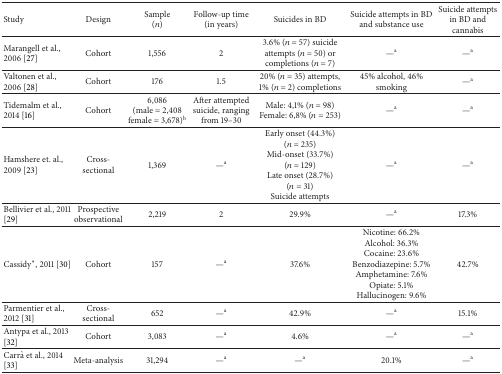
<table><thead><tr><td><b>Study</b></td><td><b>Design</b></td><td><b>Sample (<i>n</i>)</b></td><td><b>Follow-up time (in years)</b></td><td><b>Suicides in BD</b></td><td><b>Suicide attempts in BD and substance use</b></td><td><b>Suicide attempts in BD and cannabis</b></td></tr></thead><tbody><tr><td>Marangell et al., 2006 [27]</td><td>Cohort</td><td>1,556</td><td>2</td><td>3.6% (<i>n</i> = 57) suicide attempts (<i>n</i> = 50) or completions (<i>n</i> = 7)</td><td>—<sup>a</sup></td><td>—<sup>a</sup></td></tr><tr><td>Valtonen et al., 2006 [28]</td><td>Cohort</td><td>176</td><td>1.5</td><td>20% (<i>n</i> = 35) attempts, 1% (<i>n</i> = 2) completions</td><td>45% alcohol, 46% smoking</td><td>—<sup>a</sup></td></tr><tr><td>Tidemalm et al., 2014 [16]</td><td>Cohort</td><td>6,086 (male = 2,408female = 3,678)<sup>b</sup></td><td>After attempted suicide, ranging from 19–30</td><td>Male: 4,1% (<i>n</i> = 98)Female: 6,8% (<i>n</i> = 253)</td><td>—<sup>a</sup></td><td>—<sup>a</sup></td></tr><tr><td>Hamshere et. al., 2009 [23]</td><td>Cross-sectional</td><td>1,369</td><td>—<sup>a</sup></td><td>Early onset (44.3%) (<i>n</i> = 235) Mid-onset (33.7%) (<i>n</i> = 129) Late onset (28.7%) (<i>n</i> = 31) Suicide attempts</td><td>—<sup>a</sup></td><td>—<sup>a</sup></td></tr><tr><td>Bellivier et al., 2011 [29]</td><td>Prospective observational</td><td>2,219</td><td>2</td><td>29.9%</td><td>—<sup>a</sup></td><td>17.3%</td></tr><tr><td>Cassidy<sup>*</sup>, 2011 [30]</td><td>Cohort</td><td>157</td><td>—<sup>a</sup></td><td>37.6%</td><td>Nicotine: 66.2% Alcohol: 36.3% Cocaine: 23.6% Benzodiazepine: 5.7% Amphetamine: 7.6% Opiate: 5.1% Hallucinogen: 9.6%</td><td>42.7%</td></tr><tr><td>Parmentier et al., 2012 [31]</td><td>Cross-sectional</td><td>652</td><td>—<sup>a</sup></td><td>42.9%</td><td>—<sup>a</sup></td><td>15.1%</td></tr><tr><td>Antypa et al., 2013 [32]</td><td>Cohort</td><td>3,083</td><td>—<sup>a</sup></td><td>4.6%</td><td>—<sup>a</sup></td><td>—<sup>a</sup></td></tr><tr><td>Carrà et al., 2014 [33]</td><td>Meta-analysis</td><td>31,294</td><td>—<sup>a</sup></td><td>—<sup>a</sup></td><td>20.1%</td><td>—<sup>a</sup></td></tr></tbody></table>